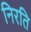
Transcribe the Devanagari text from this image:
निरति